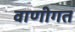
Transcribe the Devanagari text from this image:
वाणीगत